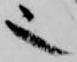
也